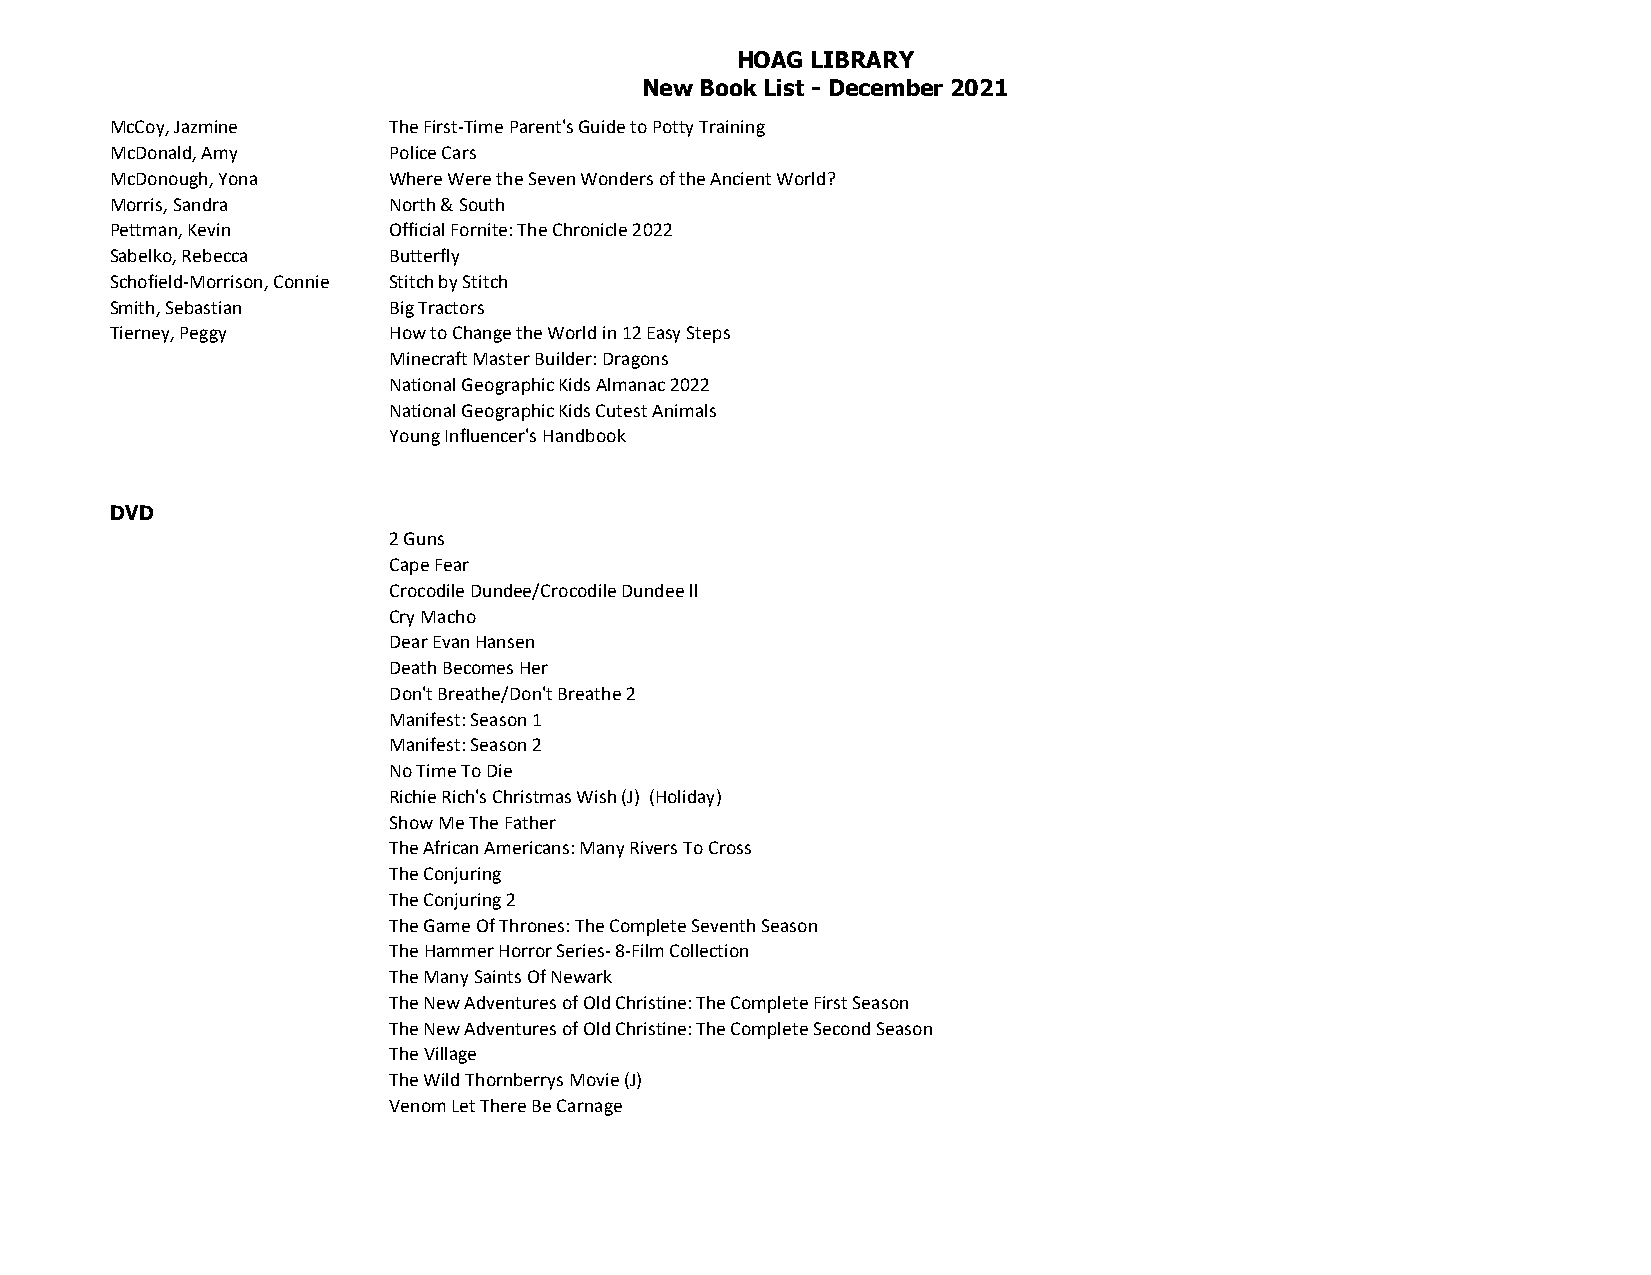
HOAG LIBRARY
 New Book List - December 2021
 McCoy, Jazmine     The First-Time Parent's Guide to Potty Training
 McDonald, Amy      Police Cars
 McDonough, Yona    Where Were the Seven Wonders of the Ancient World?
 Morris, Sandra     North & South
 Pettman, Kevin     Official Fornite: The Chronicle 2022
 Sabelko, Rebecca   Butterfly
 Schofield-Morrison, Connie Stitch by Stitch
 Smith, Sebastian   Big Tractors
 Tierney, Peggy     How to Change the World in 12 Easy Steps
 Minecraft Master Builder: Dragons
 National Geographic Kids Almanac 2022
 National Geographic Kids Cutest Animals
 Young Influencer's Handbook
 DVD
 2 Guns
 Cape Fear
 Crocodile Dundee/Crocodile Dundee ll
 Cry Macho
 Dear Evan Hansen
 Death Becomes Her
 Don't Breathe/Don't Breathe 2
 Manifest: Season 1
 Manifest: Season 2
 No Time To Die
 Richie Rich's Christmas Wish (J) (Holiday)
 Show Me The Father
 The African Americans: Many Rivers To Cross
 The Conjuring
 The Conjuring 2
 The Game Of Thrones: The Complete Seventh Season
 The Hammer Horror Series- 8-Film Collection
 The Many Saints Of Newark
 The New Adventures of Old Christine: The Complete First Season
 The New Adventures of Old Christine: The Complete Second Season
 The Village
 The Wild Thornberrys Movie (J)
 Venom Let There Be Carnage